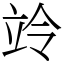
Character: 竛